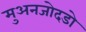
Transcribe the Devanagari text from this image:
मुअनजोदडो